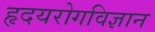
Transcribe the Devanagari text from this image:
हृदयरोगविज्ञान